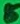
Text: 5